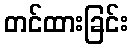
တင်ထားခြင်း